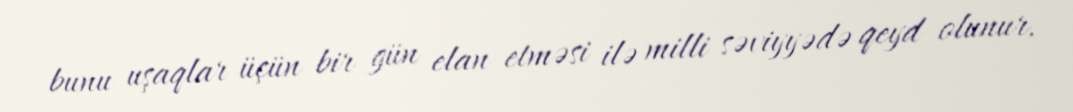
bunu uşaqlar üçün bir gün elan etməsi ilə milli səviyyədə qeyd olunur.